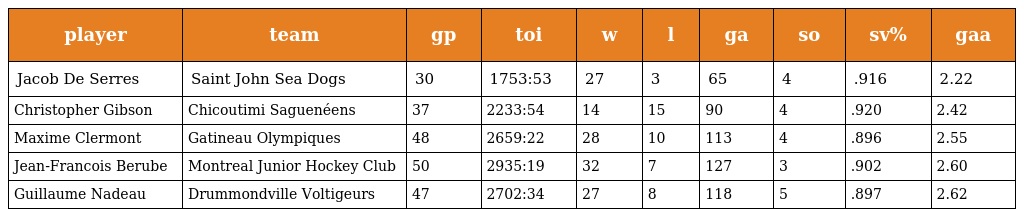
| player | team | gp | toi | w | l | ga | so | sv% | gaa |
 | --- | --- | --- | --- | --- | --- | --- | --- | --- | --- |
 | Jacob De Serres | Saint John Sea Dogs | 30 | 1753:53 | 27 | 3 | 65 | 4 | .916 | 2.22 |
 | Christopher Gibson | Chicoutimi Saguenéens | 37 | 2233:54 | 14 | 15 | 90 | 4 | .920 | 2.42 |
 | Maxime Clermont | Gatineau Olympiques | 48 | 2659:22 | 28 | 10 | 113 | 4 | .896 | 2.55 |
 | Jean-Francois Berube | Montreal Junior Hockey Club | 50 | 2935:19 | 32 | 7 | 127 | 3 | .902 | 2.60 |
 | Guillaume Nadeau | Drummondville Voltigeurs | 47 | 2702:34 | 27 | 8 | 118 | 5 | .897 | 2.62 |